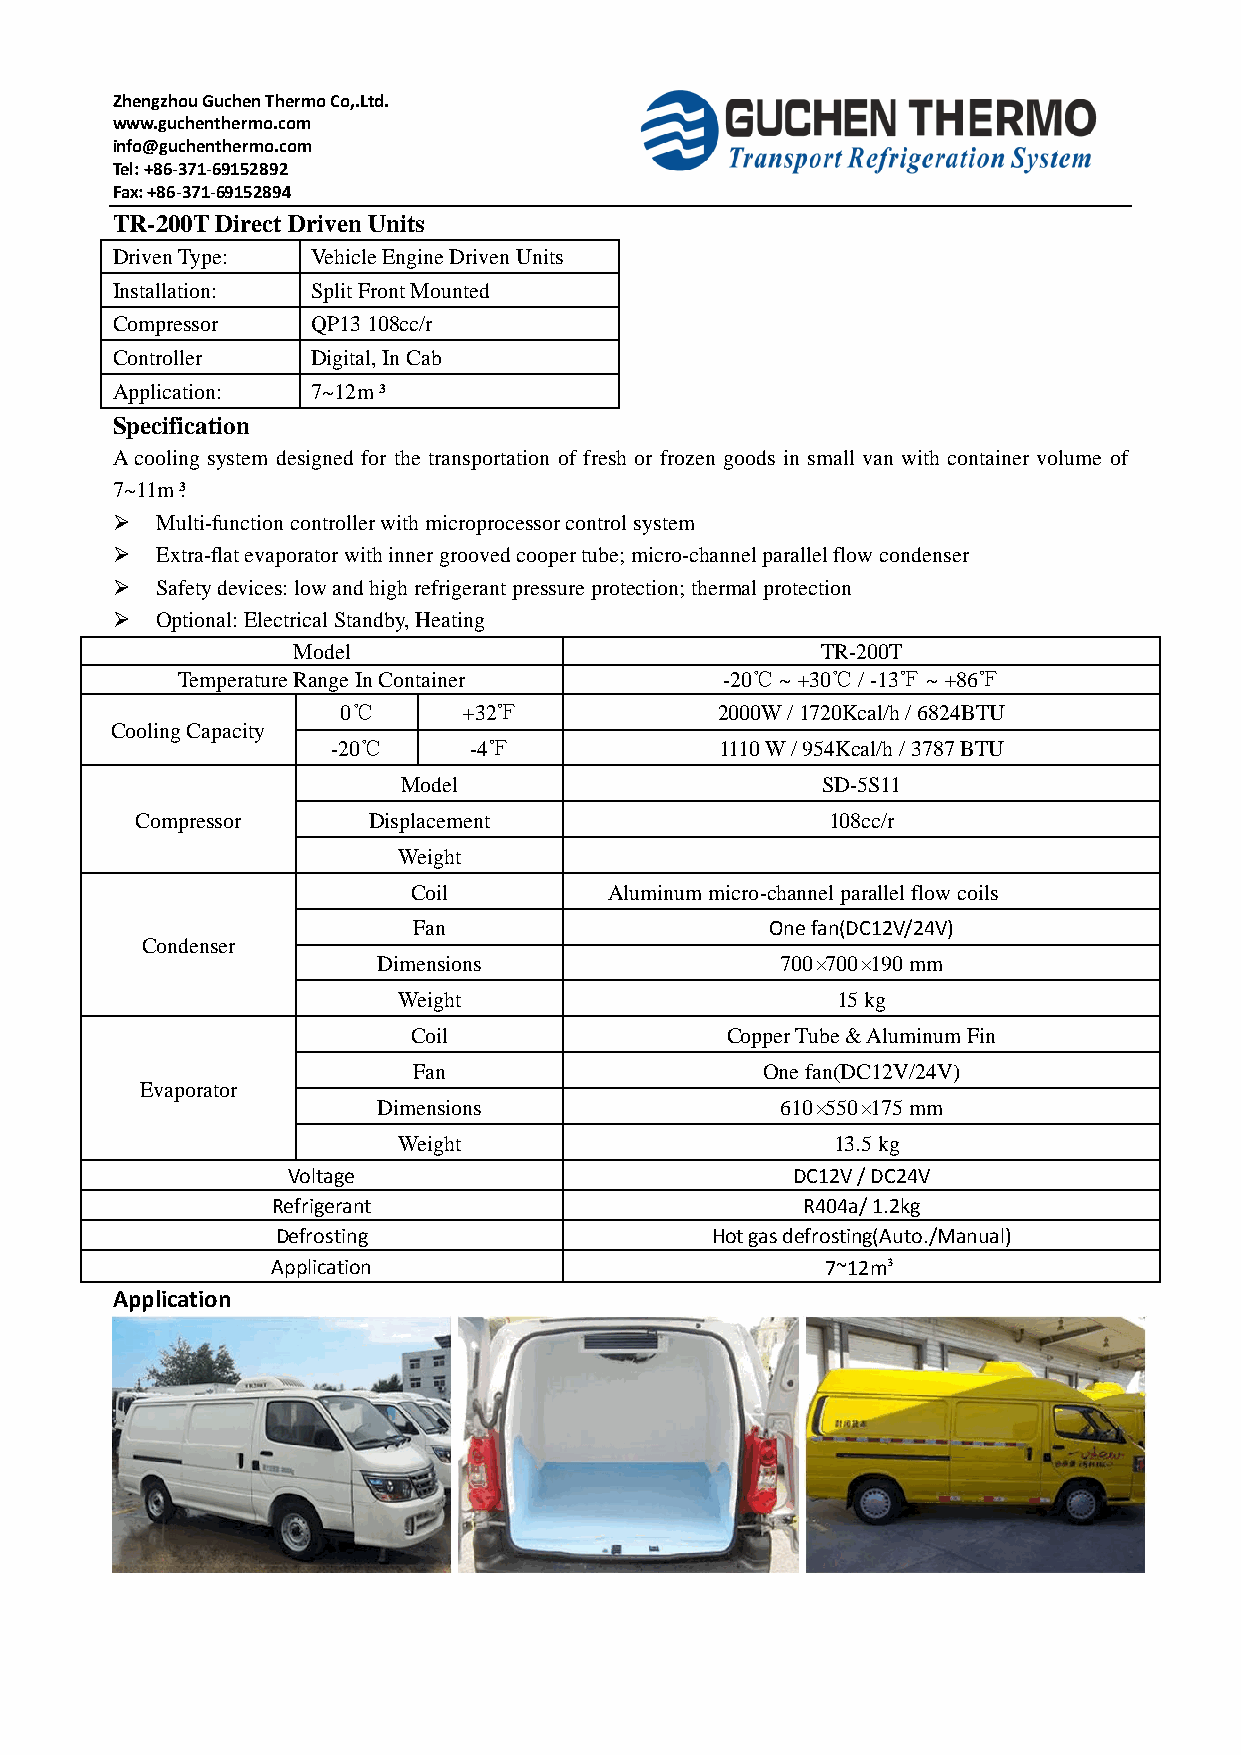
Zhengzhou Guchen Thermo Co,.Ltd.
 www.guchenthermo.com
 info@guchenthermo.com
 Tel: +86-371-69152892
 Fax: +86-371-69152894
 TR-200T Direct Driven Units
 Driven Type:  Vehicle Engine Driven Units
 Installation: Split Front Mounted
 Compressor    QP13 108cc/r
 Controller    Digital, In Cab
 Application:  7~12m³
 Specification
 A cooling system designed for the transportation of fresh or frozen goods in small van with container volume of
 7~11m³.
   Multi-function controller with microprocessor control system
   Extra-flat evaporator with inner grooved cooper tube; micro-channel parallel flow condenser
   Safety devices: low and high refrigerant pressure protection; thermal protection
   Optional: Electrical Standby, Heating
 Model                              TR-200T
 Temperature Range In Container      -20℃ ~ +30℃ / -13℉ ~ +86℉
 0℃      +32℉            2000W / 1720Kcal/h / 6824BTU
 Cooling Capacity
 -20℃     -4℉              1110 W / 954Kcal/h / 3787 BTU
 Model                      SD-5S11
 Compressor     Displacement                   108cc/r
 Weight
 Coil         Aluminum micro-channel parallel flow coils
 Fan                     One fan(DC12V/24V)
 Condenser
 Dimensions                 700×700×190 mm
 Weight                       15 kg
 Coil                 Copper Tube & Aluminum Fin
 Fan                     One fan(DC12V/24V)
 Evaporator
 Dimensions                 610×550×175 mm
 Weight                       13.5 kg
 Voltage                          DC12V / DC24V
 Refrigerant                        R404a/ 1.2kg
 Defrosting                   Hot gas defrosting(Auto./Manual)
 Application                          7~12m³
 Application